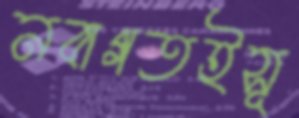
নবাগতইসূ